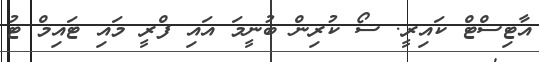
އާޓިސްޓް ކައިރީ. ސޯ ކުރިން ބުނީމަ އައި ފްރީ މައި ޓައިމް ޓު